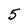
Character: 5